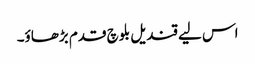
اس لیے قندیل بلوچ قدم بڑھاؤ۔